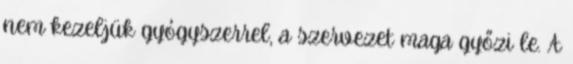
nem kezeljük gyógyszerrel, a szervezet maga győzi le. A